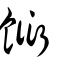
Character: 餰